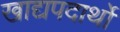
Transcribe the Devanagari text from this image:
खाद्यपदार्थो